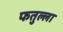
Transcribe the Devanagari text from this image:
फतुल्ला